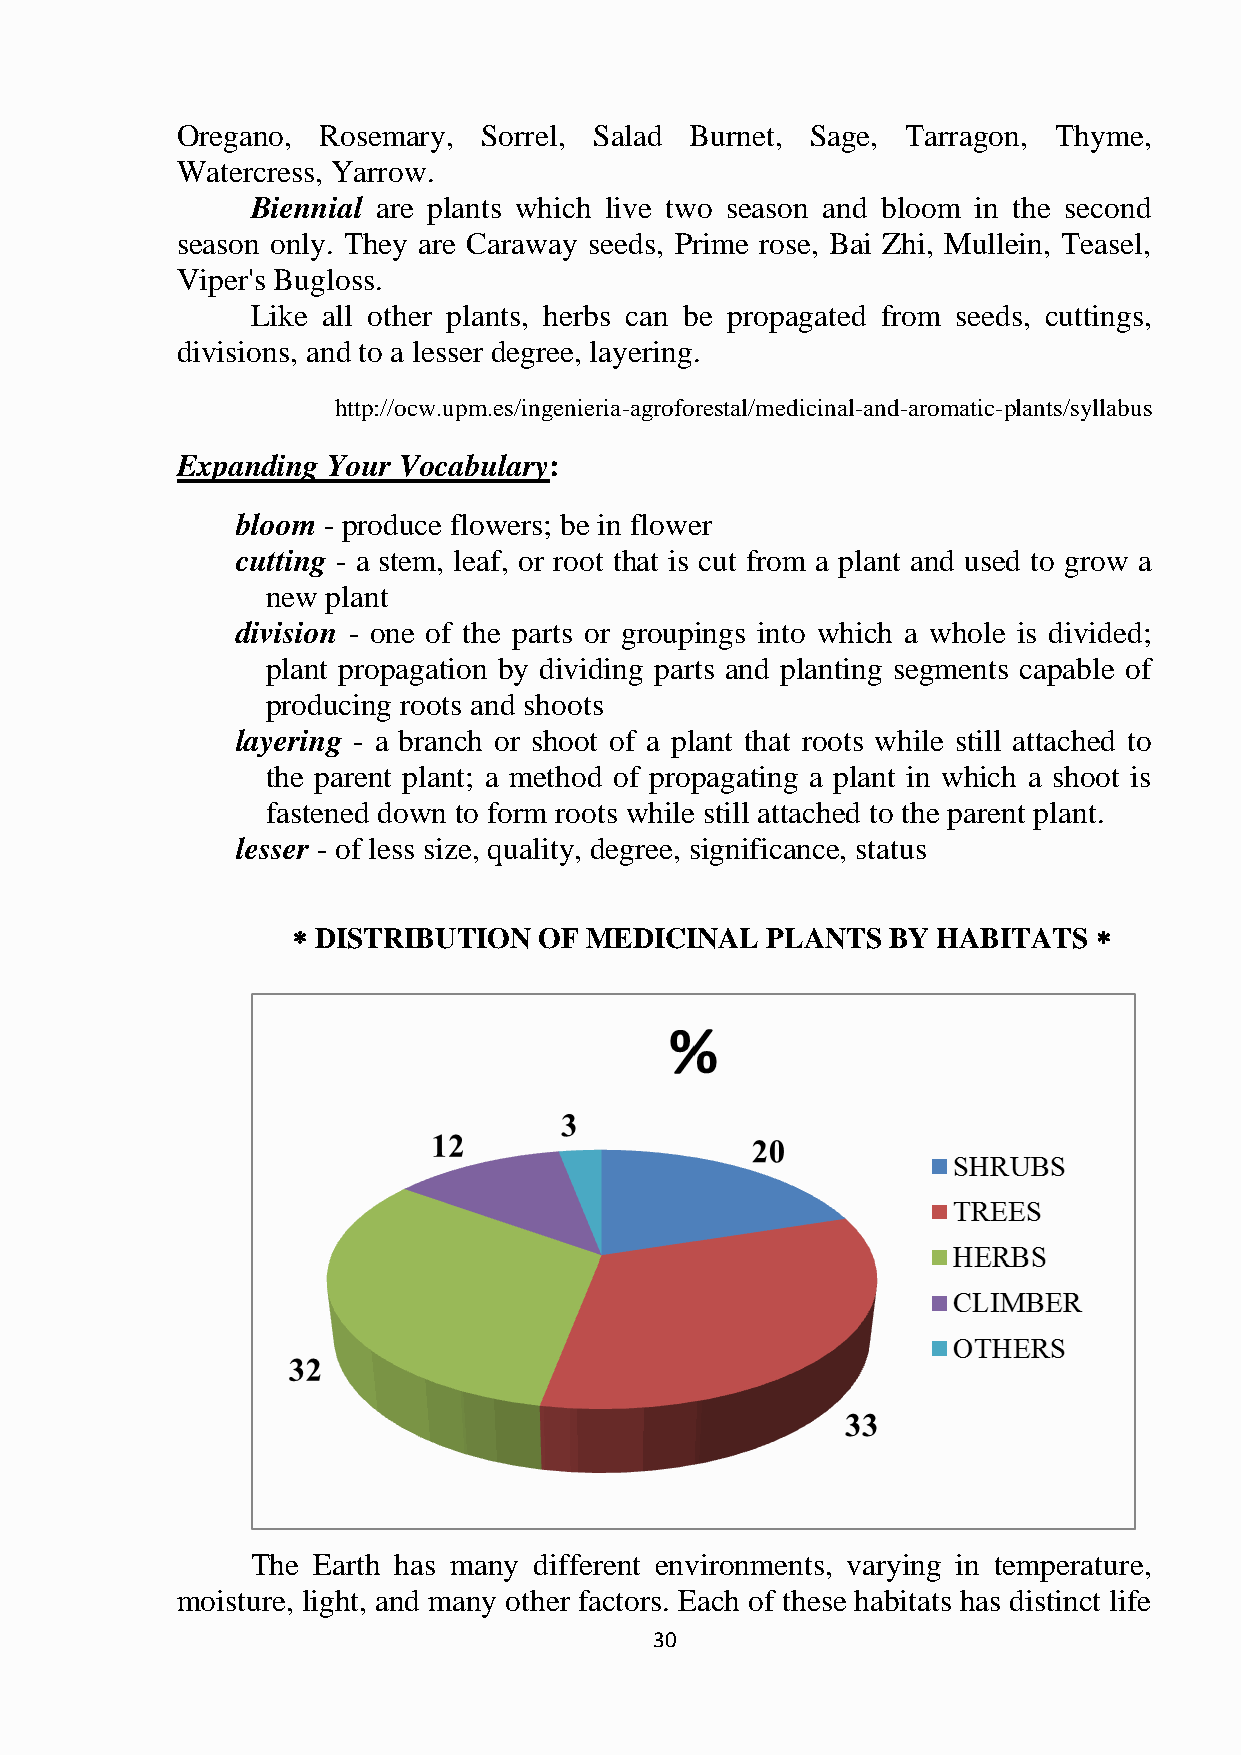
Oregano, Rosemary,  Sorrel, Salad Burnet, Sage, Tarragon, Thyme,
 Watercress, Yarrow.
 Biennial are plants which live two season and bloom in the second
 season only. They are Caraway seeds, Prime rose, Bai Zhi, Mullein, Teasel,
 Viper's Bugloss.
 Like all other plants, herbs can be propagated from seeds, cuttings,
 divisions, and to a lesser degree, layering.
 http://ocw.upm.es/ingenieria-agroforestal/medicinal-and-aromatic-plants/syllabus
 Expanding Your Vocabulary:
 bloom - produce flowers; be in flower
 cutting - a stem, leaf, or root that is cut from a plant and used to grow a
 new plant
 division - one of the parts or groupings into which a whole is divided;
 plant propagation by dividing parts and planting segments capable of
 producing roots and shoots
 layering - a branch or shoot of a plant that roots while still attached to
 the parent plant; a method of propagating a plant in which a shoot is
 fastened down to form roots while still attached to the parent plant.
 lesser - of less size, quality, degree, significance, status
  DISTRIBUTION   OF MEDICINAL   PLANTS  BY HABITATS   
 The Earth has many different environments, varying in temperature,
 moisture, light, and many other factors. Each of these habitats has distinct life
 30